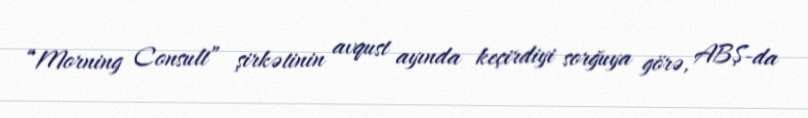
“Morning Consult” şirkətinin avqust ayında keçirdiyi sorğuya görə, ABŞ-da